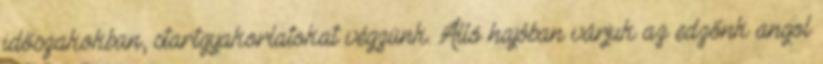
időszakokban, startgyakorlatokat végzünk. Álló hajóban várjuk az edzőnk angol